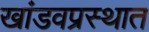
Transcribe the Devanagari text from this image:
खांडवप्रस्थात